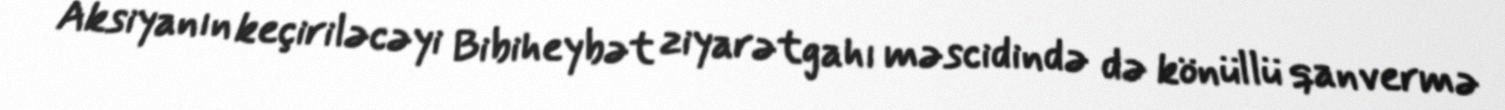
Aksiyanın keçiriləcəyi Bibiheybət ziyarətgahı məscidində də könüllü qanvermə